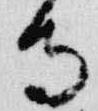
寺